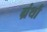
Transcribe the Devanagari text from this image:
ग्रंथौं